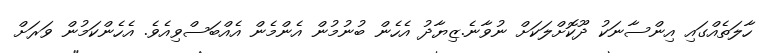
ހާލަތެއްގައި އިންސާނަކު ދޫކޮށްލަކަށް ނުވާނެ.ޒިޔާދު އެހެން ބުނުމުން އެންމެން އެއްބަސްވިއެވެ. އެހެންކަމުން ވަރަށް